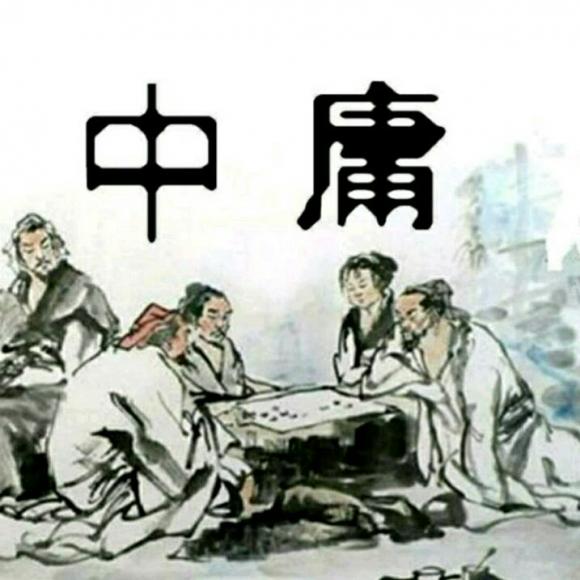
正己而不求于人则无怨。上不怨天，下不尤人。